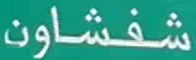
شفشوان